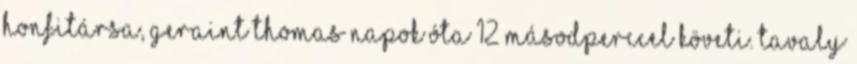
honfitársa, Geraint Thomas napok óta 12 másodperccel követi. Tavaly